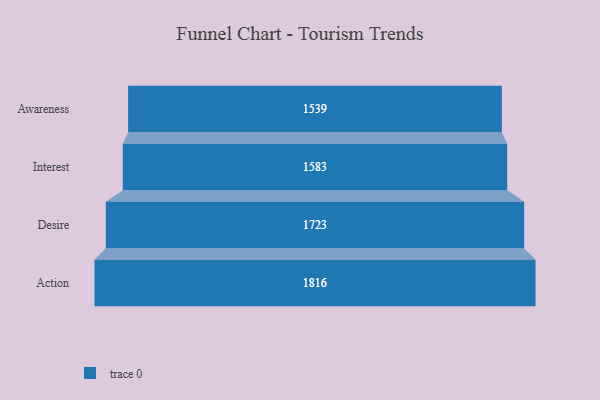
{"axis": {"x": "Stage", "y": "Value"}, "legend": [""], "data": [{"x": "Awareness", "y": 1539.0, "type": ""}, {"x": "Interest", "y": 1583.0, "type": ""}, {"x": "Desire", "y": 1723.0, "type": ""}, {"x": "Action", "y": 1816.0, "type": ""}]}